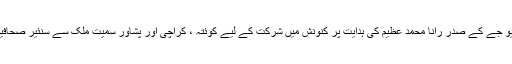
ایپنک کے مرکزی سیکریٹری جنرل سید اکرام بخاری اور پی ایف یو جے کے صدر رانا محمد عظیم کی ہدایت پر کنونش میں شرکت کے لیے کوئتہ ، کراچی اور پشاور سمیت ملک سے سنئیر صحافیوں اور صحافتی ٹریڈ یونینز کے عہدیداران اسلام آباد پہنچ گئے ہیں۔